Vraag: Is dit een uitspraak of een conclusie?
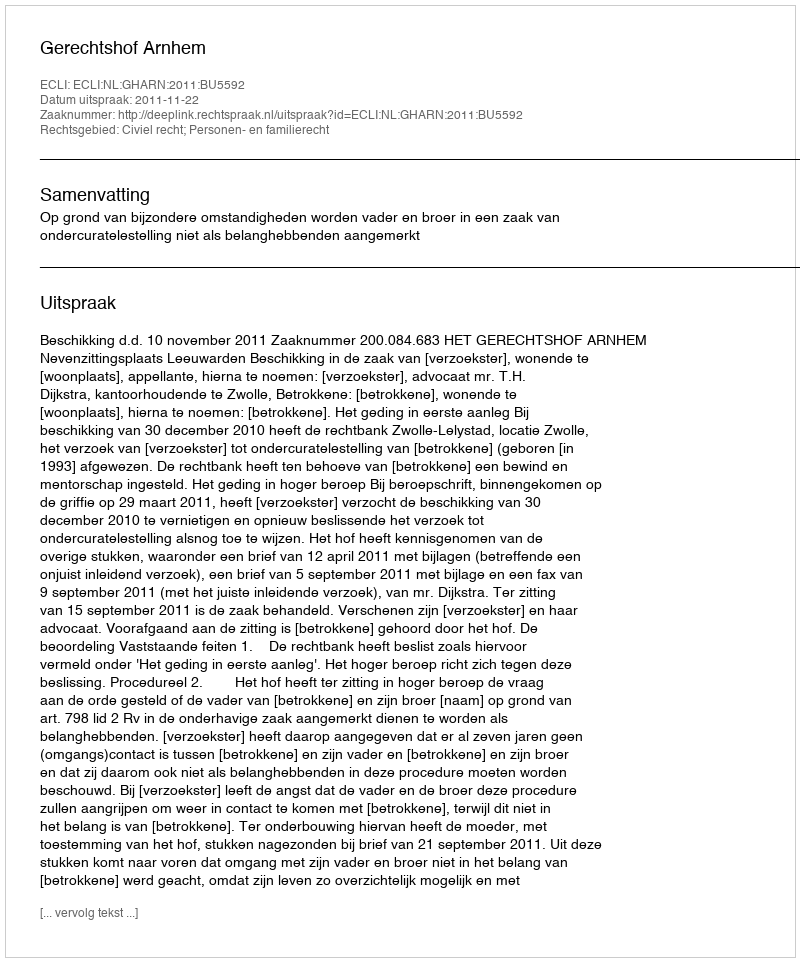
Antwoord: Uitspraak